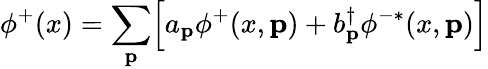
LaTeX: \phi^{+}(x)=\sum_{\mathbf p}\Bigl[a_{\mathbf p}\phi^{+}(x,{\mathbf p})+b_{\mathbf p}^{\dagger}\phi^{-*}(x,{\mathbf p})\Bigr]